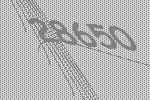
28650